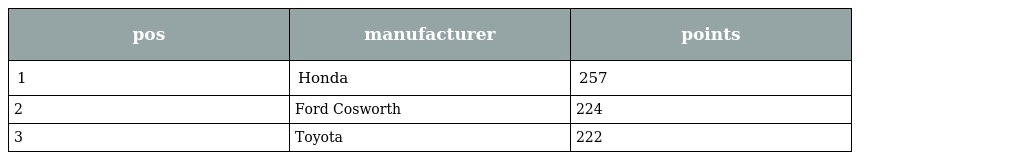
| pos | manufacturer | points |
 | --- | --- | --- |
 | 1 | Honda | 257 |
 | 2 | Ford Cosworth | 224 |
 | 3 | Toyota | 222 |